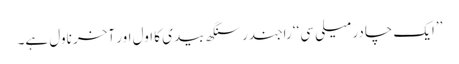
’’ایک چادر میلی سی‘‘ راجندر سنگھ بیدی کا اول اور آخر ناول ہے۔